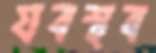
যবস্থব